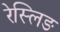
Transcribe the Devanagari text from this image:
रेस्लिङ